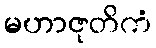
မဟာဇုတိကံ